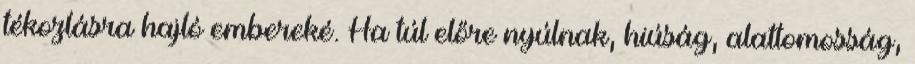
tékozlásra hajló embereké. Ha túl előre nyúlnak, hiúság, alattomosság,